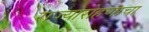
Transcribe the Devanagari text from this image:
राज्यारोहणाचा